Vaccination in the Punjab 1905-1918 - 1905-1918
Year: 1905
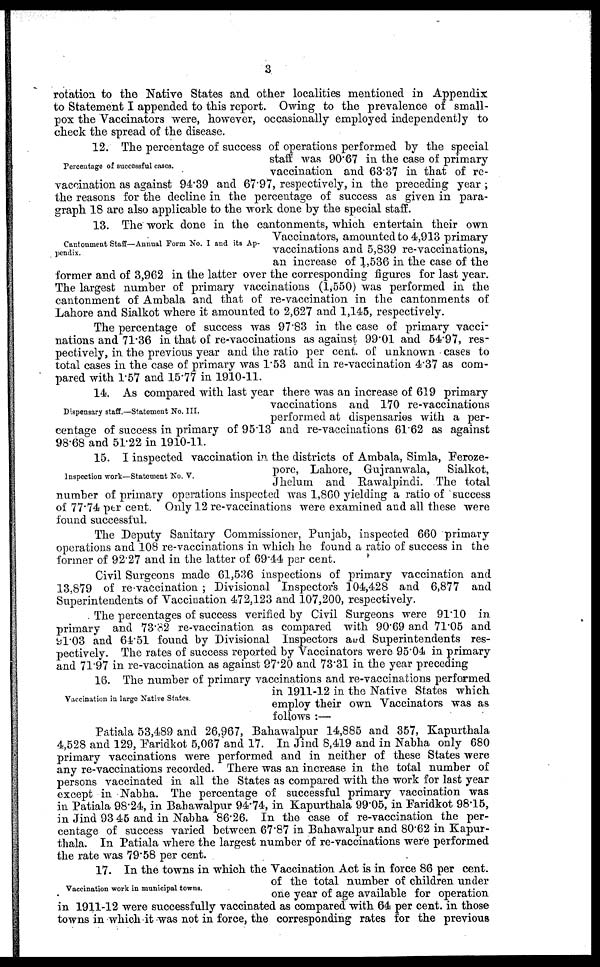
3
rotation to the Native States and other localities mentioned in Appendix
to Statement I appended to this report. Owing to the prevalence of small-
pox the Vaccinators were, however, occasionally employed independently to
check the spread of the disease.
Percentage of successful cases.
12. The percentage of success of operations performed by the special
staff was 90.67 in the case of primary
vaccination and 63.37 in that of re-
vaccination as against 94.39 and 67.97, respectively, in the preceding year ;
the reasons for the decline in the percentage of success as given in para-
graph 18 are also applicable to the work done by the special staff.
Cantonment Staff—Annual Form No. I and its Ap-
pendix.
13. The work done in the cantonments, which entertain their own
Vaccinators, amounted to 4,913 primary
vaccinations and 5,839 re-vaccinations,
an increase of 1,536 in the case of the
former and of 3,962 in the latter over the corresponding figures for last year.
The largest number of primary vaccinations (1,550) was performed in the
cantonment of Ambala and that of re-vaccination in the cantonments of
Lahore and Sialkot where it amounted to 2,627 and 1,145, respectively.
The percentage of success was 97.83 in the case of primary vacci-
nations and 71.36 in that of re-vaccinations as against 99.01 and 54.97, res-
pectively, in the previous year and the ratio per cent. of unknown cases to
total cases in the case of primary was 1.53 and in re-vaccination 4.37 as com-
pared with 1.57 and 15.77 in 1910-11.
Dispensary staff.—Statement No. III.
14. As compared with last year there was an increase of 619 primary
vaccinations and 170 re-vaccinations
performed at dispensaries with a per-
centage of success in primary of 95.13 and re-vaccinations 61.62 as against
98.68 and 51.22 in 1910-11.
Inspection work—Statement No. V.
15. I inspected vaccination in. the districts of Ambala, Simla, Feroze-
pore, Lahore, Gujranwala,
Sialkot,
Jhelum and Rawalpindi. The total
number of primary operations inspected was 1,860 yielding a ratio of success
of 77.74 per cent. Only 12 re-vaccinations were examined and all these were
found successful.
The Deputy Sanitary Commissioner, Punjab, inspected 660 primary
operations and 108 re-vaccinations in which he found a ratio of success in the
former of 92.27 and in the latter of 69.44 per cent.
Civil Surgeons made 61,536 inspections of primary vaccination and
13,879 of re vaccination ; Divisional Inspectors 104,428 and 6,877 and
Superintendents of Vaccination 472,123 and 107,200, respectively.
The percentages of success verified by Civil Surgeons were 91.10 in
primary and 73.82 re-vaccination as compared with 90.69 and 71.05 and
91.03 and 64.51 found by Divisional Inspectors and Superintendents res-
pectively. The rates of success reported by Vaccinators were 95.04 in primary
and 71.97 in re-vaccination as against 97.20 and 73.31 in the year preceding
Vaccination in large Native States.
16. The number of primary vaccinations and re-vaccinations performed
in 1911-12 in the Native States which
employ their own Vaccinators was as
follows :—
Patiala 53,489 and 26,967, Bahawalpur 14,885 and 357, Kapurthala
4,528 and 129, Faridkot 5,067 and 17. In Jind 8,419 and in Nabha only 680
primary vaccinations were performed and in neither of these States were
any re-vaccinations recorded. There was an increase in the total number of
persons vaccinated in all the States as compared with the work for last year
except in Nabha. The percentage of successful primary vaccination was
in Patiala 98.24, in Bahawalpur 94.74, in Kapurthala 99.05, in Faridkot 98.15,
in Jind 93.45 and in Nabha 86.26. In the case of re-vaccination the per-
centage of success varied between 67.87 in Bahawalpur and 80.62 in Kapur-
thala. In Patiala where the largest number of re-vaccinations were performed
the rate was 79.58 per cent.
Vaccination work in municipal towns.
17. In the towns in which the Vaccination Act is in force 86 per cent.
of the total number of children under
one year of age available for operation
in 1911-12 were successfully vaccinated as compared with 64 per cent. in those
towns in which it was not in force, the corresponding rates for the previous